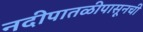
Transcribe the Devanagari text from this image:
नदीपातळीपासूनची